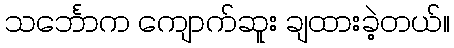
သင်္ဘောက ကျောက်ဆူး ချထားခဲ့တယ်။